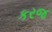
કરજ